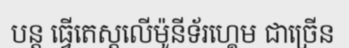
បន្ត ធ្វើតេស្តលើម៉ូនីទ័រហ្គេម ជាច្រើន